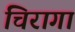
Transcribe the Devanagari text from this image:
चिरागां